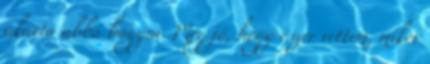
akarta abba hagyni. Még jó, hogy észre vettem, mikor